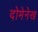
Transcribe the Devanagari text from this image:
दोमेनेख